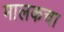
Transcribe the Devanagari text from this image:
मालकचा